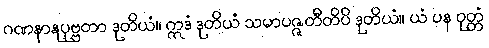
ဂဏနာနုပုဗ္ဗတာ ဒုတိယံ။ ဣဒံ ဒုတိယံ သမာပဇ္ဇတီတိပိ ဒုတိယံ။ ယံ ပန ဝုတ္တံ